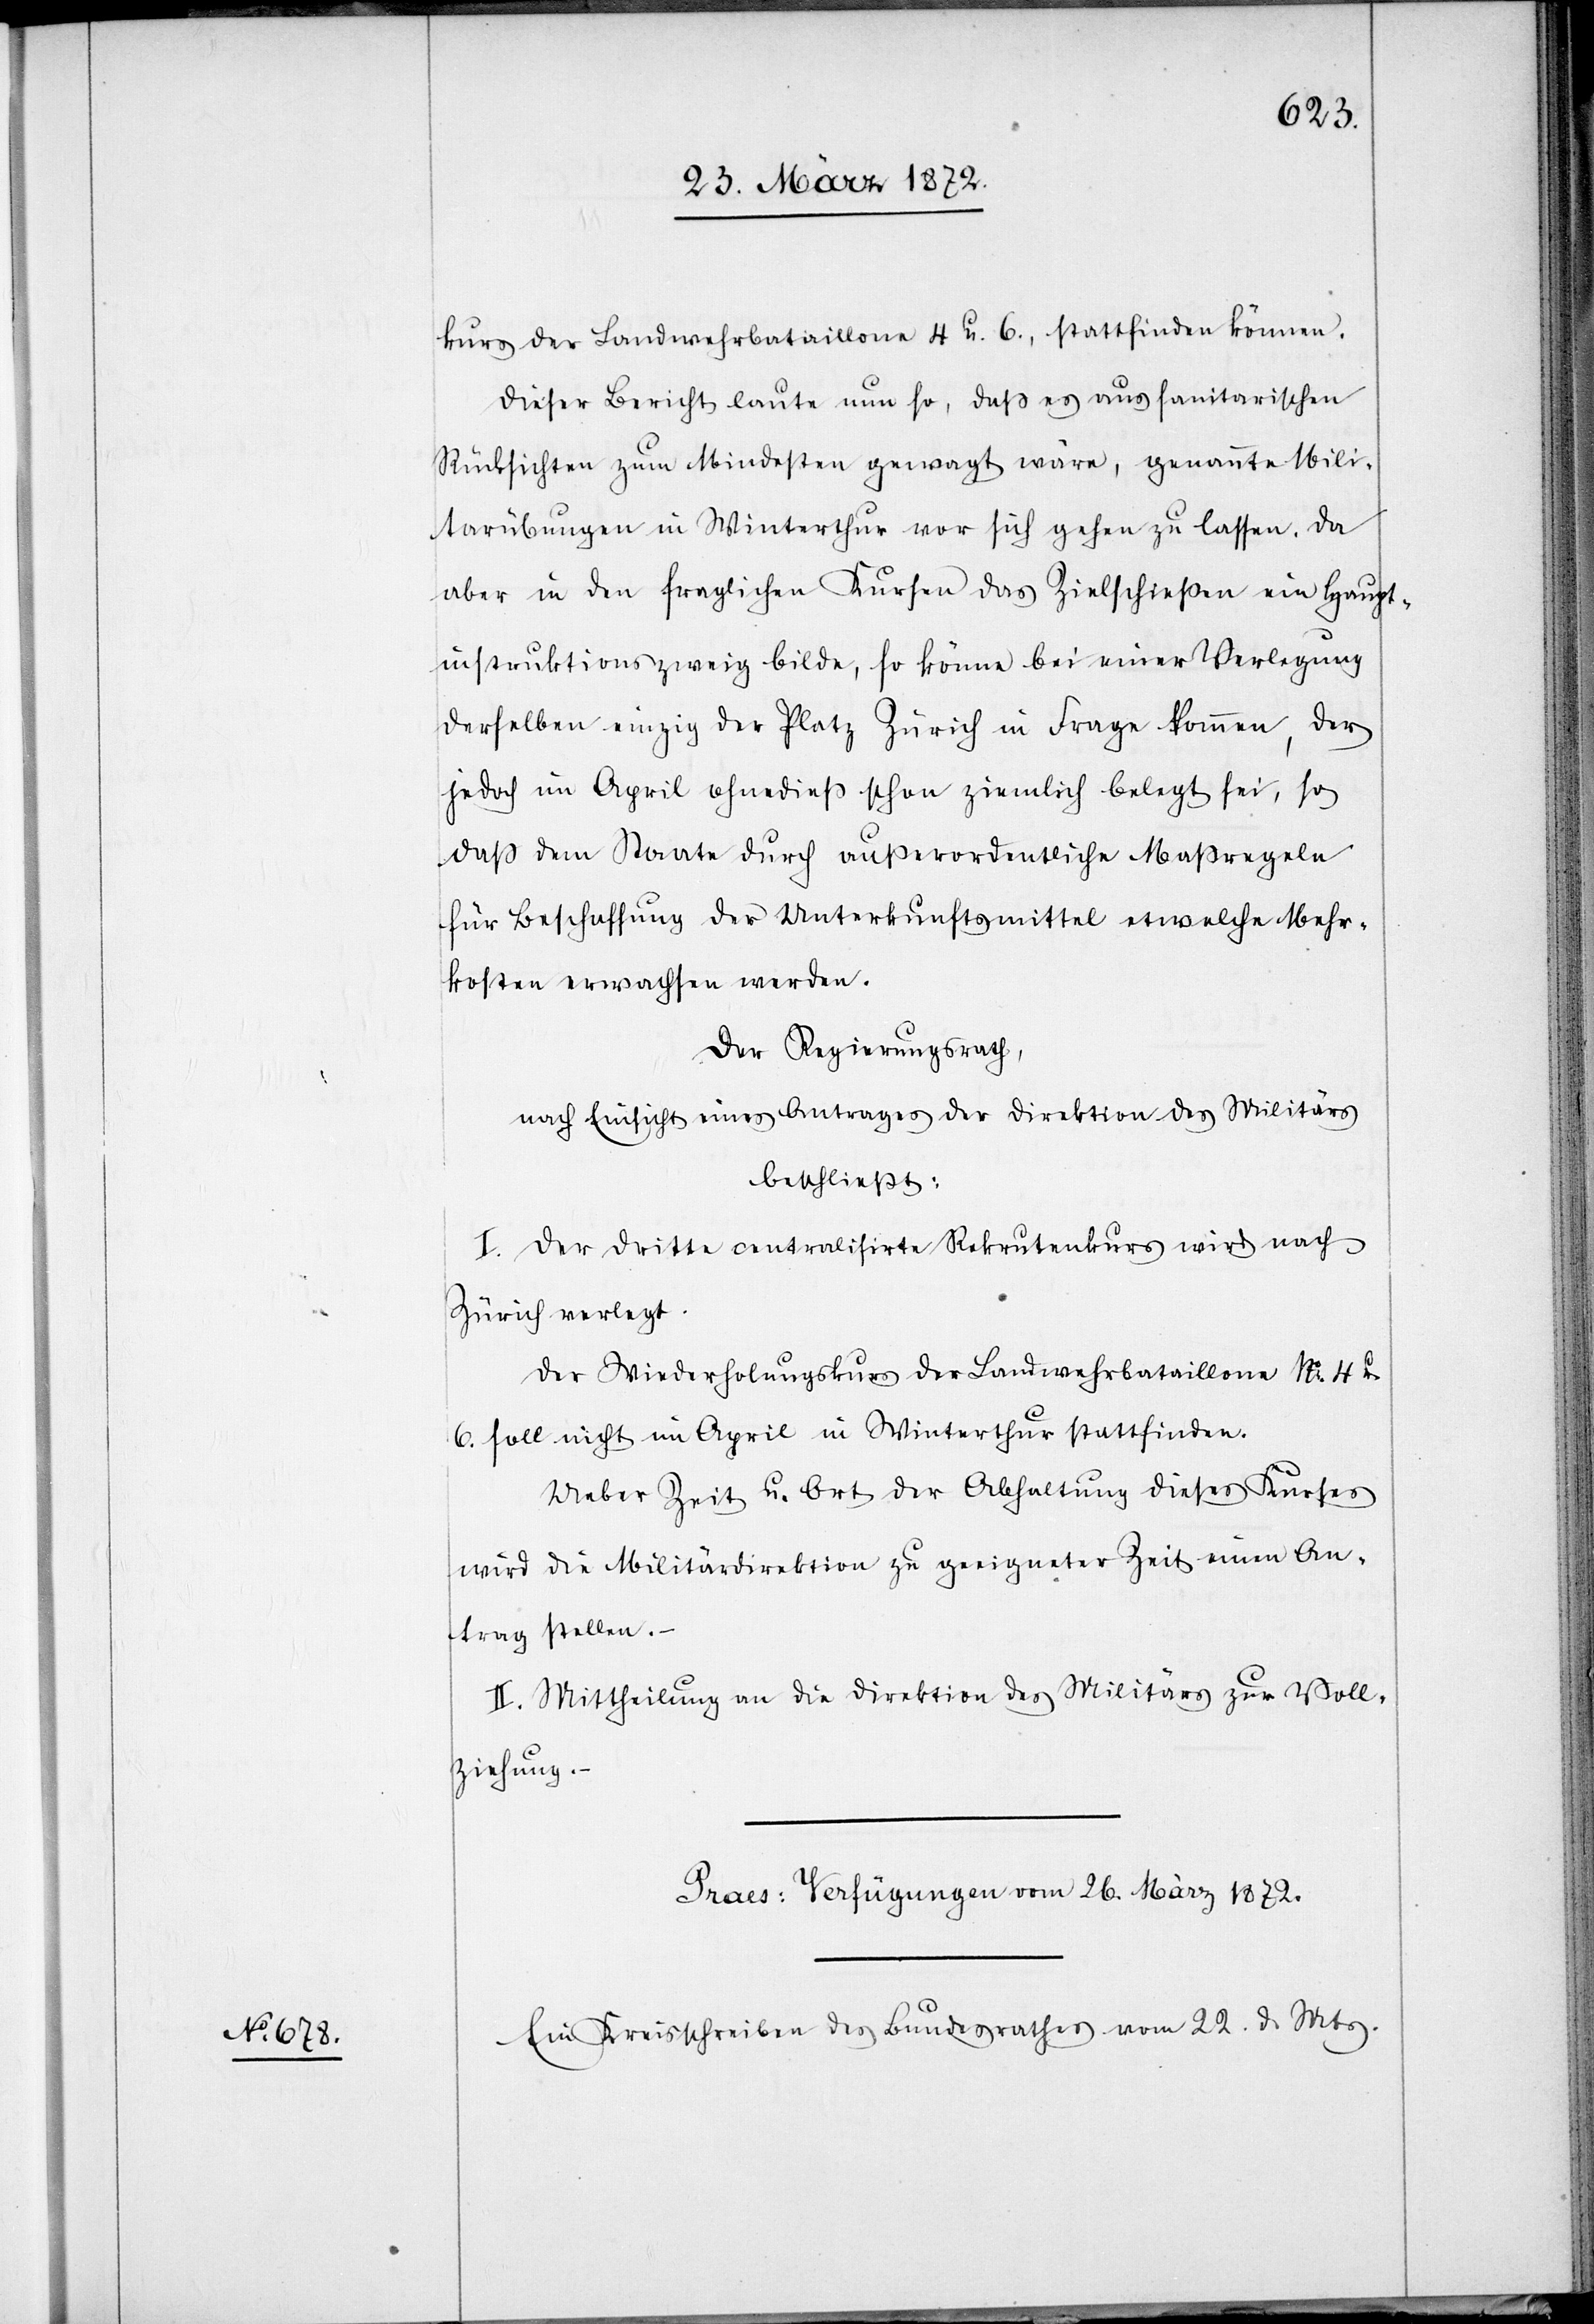
kurs der Landwehrbataillone 4. u. 6., stattfinden können.
Dieser Bericht laute nun so, daß es aus sanitarischen
Rücksichten zum Mindesten gewagt wäre, genannte Mili¬
tärübungen in Winterthur vor sich gehen zu lassen. Da
aber in den fraglichen Kursen das Zielschießen ein Haupt¬
instruktionszweig bilde, so könne bei einer Verlegung
derselben einzig der Platz Zürich in Frage kommen, der
jedoch im April ohnedieß schon ziemlich belegt sei, so
daß dem Staate durch außerordentliche Maßregeln
für Beschaffung der Unterkunftsmittel etwelche Mehr¬
kosten erwachsen werden.
Der Regierungsrath,
nach Einsicht eines Antrages der Direktion des Militärs
beschließt:
I. Der dritte centralisirte Rekrutenkurs wird nach
Zürich verlegt.
Der Wiederholungskurs der Landwehrbataillone No. 4 u.
6. soll nicht im April in Winterthur stattfinden.
Ueber Zeit u. Ort der Abhaltung dieses Kurses
wird die Militärdirektion zu geeigneter Zeit einen An¬
trag stellen.
II. Mittheilung an die Direktion des Militärs zur Voll¬
ziehung.
Praes: Verfügungen vom 26. März 1872.
Ein Kreisschreiben des Bundesrathes vom 22. d. Mts.